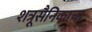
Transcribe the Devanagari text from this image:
शत्रूसैनिकाचा